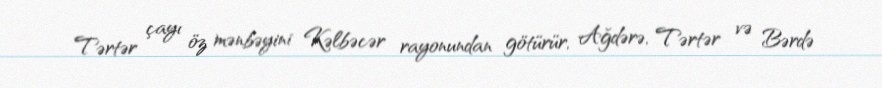
Tərtər çayı öz mənbəyini Kəlbəcər rayonundan götürür, Ağdərə, Tərtər və Bərdə